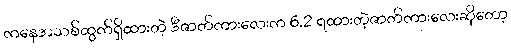
ကနေအသစ်ထွက်ရှိထားတဲ့ ဒီဇာတ်ကားလေးက 6.2 ရထားတဲ့ဇာတ်ကားလေးဆိုတော့